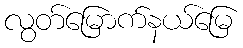
လွတ်မြောက်နယ်မြေ